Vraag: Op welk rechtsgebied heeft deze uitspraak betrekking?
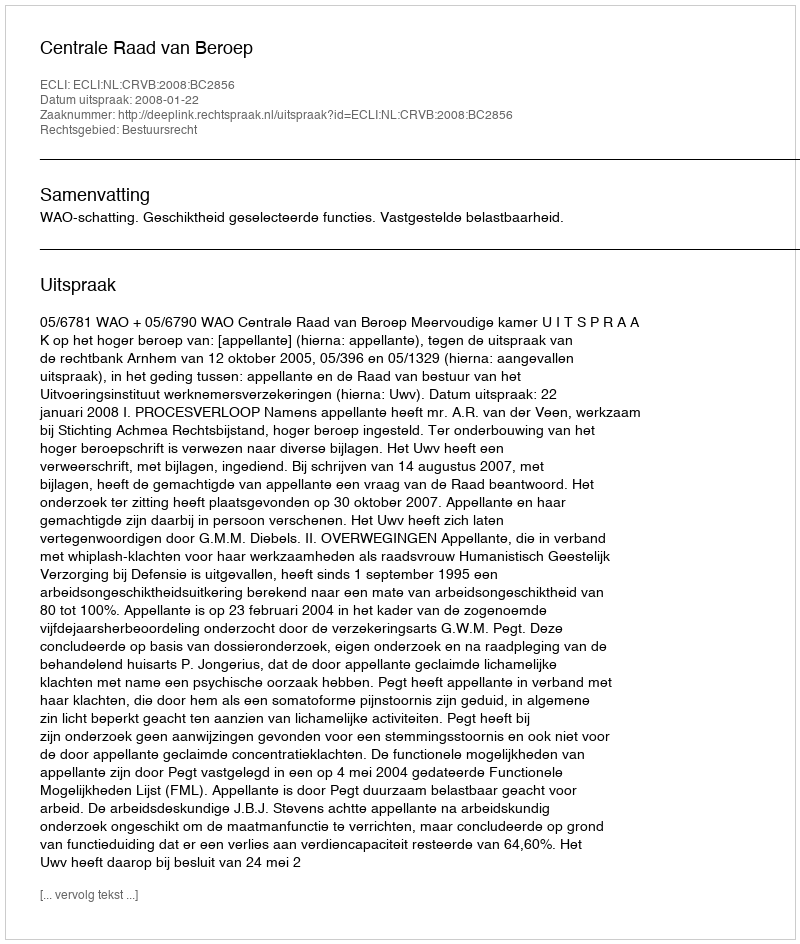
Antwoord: Bestuursrecht